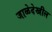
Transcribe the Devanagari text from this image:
जाळेदेखील